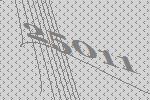
25011